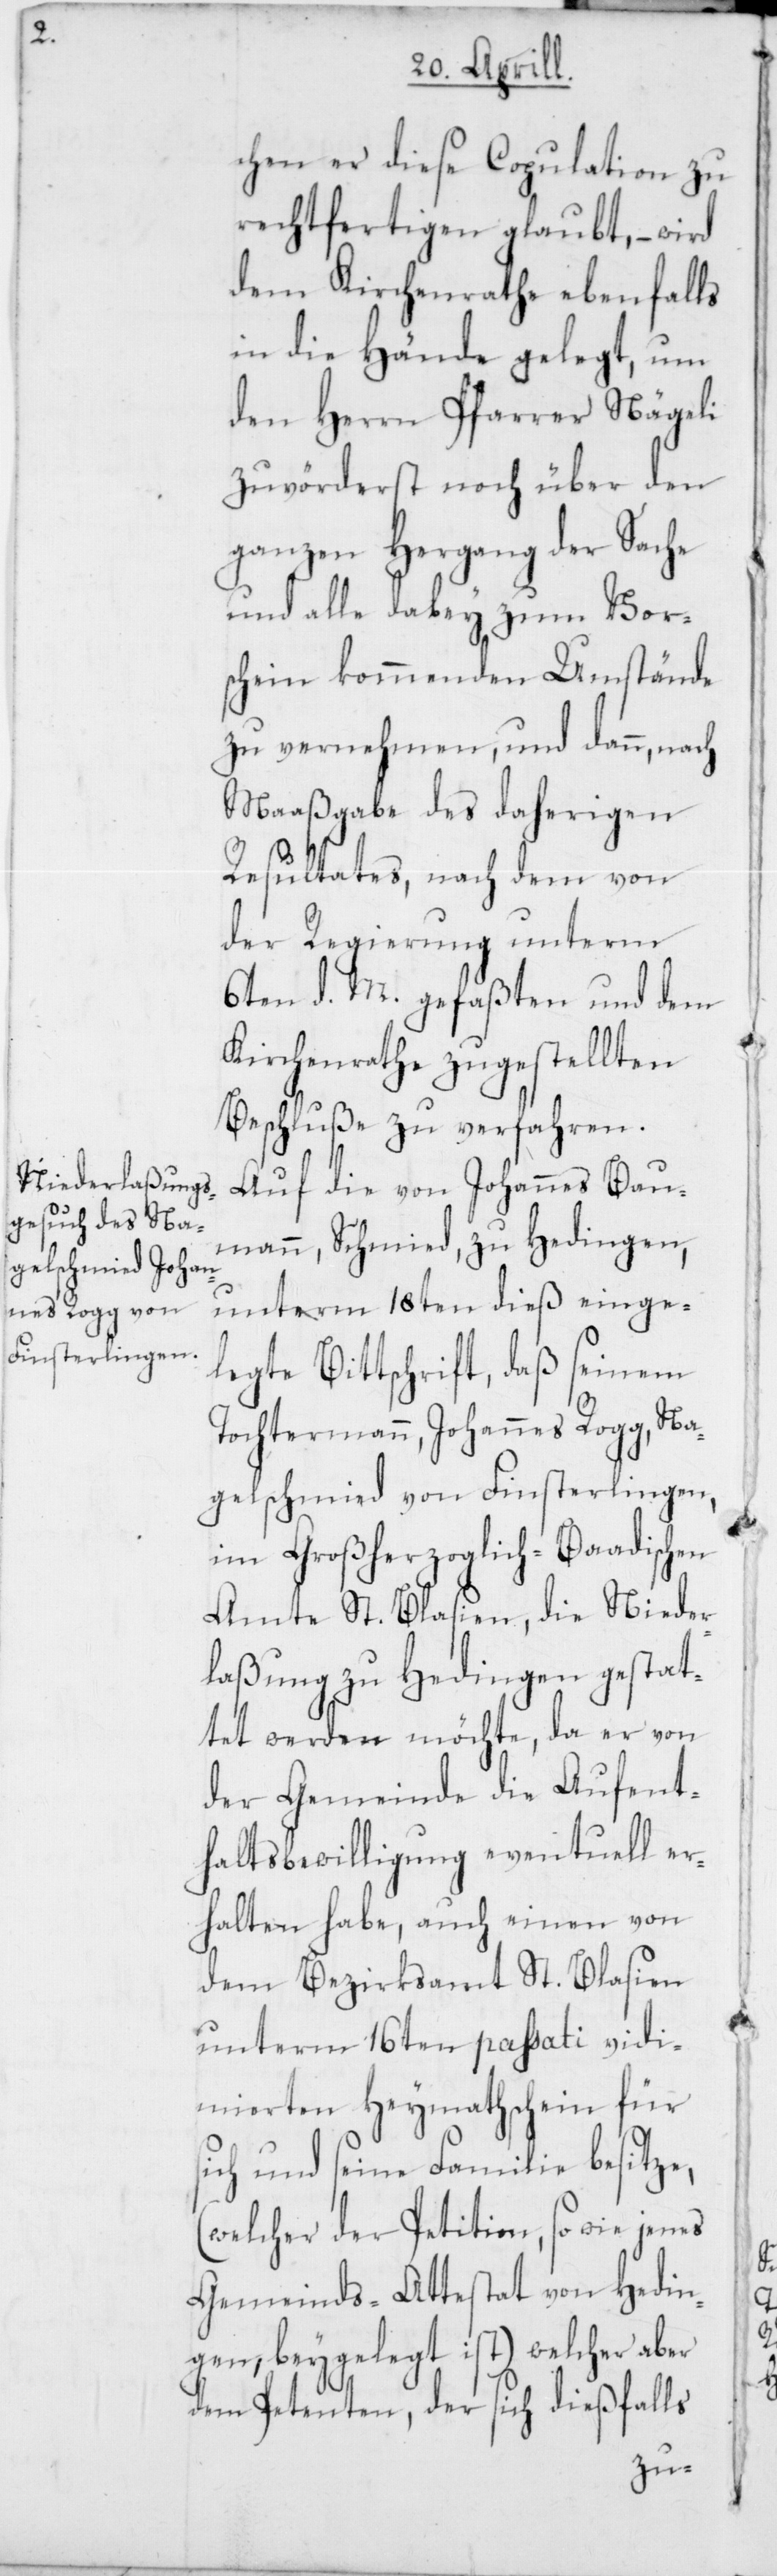
s¬

chen er diese Copulation zu
rechtfertigen glaubt, – wird
dem Kirchenrathe ebenfalls
in die Hände gelegt, um
den Herrn Pfarrer Nägeli
zuvörderst noch über den
ganzen Hergang der Sache
und alle dabey zum Vor¬
schein kommenden Umstände
zu vernehmen, und dann, nach
Maaßgabe des daherigen
Resultates, nach dem von
der Regierung unterm
6ten d. M. gefaßten und dem
Kirchenrathe zugestellten
Beschluße zu verfahren.
Auf die von Johannes Bau¬
mann, Schmied, zu Hedingen,
unterm 18ten dieß einge¬
legte Bittschrift, daß seinem
Tochtermann, Johannes Rogg, Na¬
gelschmied von Finsterlingen,
im Großherzoglich-Baadischen
Amte St. Blasien, die Nieder¬
laßung zu Hedingen gestat¬
tet werden möchte, da er von
der Gemeinde die Aufent¬
haltsbewilligung eventuell er¬
halten habe, auch einen von
dem Bezirksamt St. Blasien
unterm 16ten passati vidi¬
mierten Heymathschein für
ich und seine Familie besitze,
(welcher der Petition, so wie jenes
Gemeinds-Attestat von Hedin¬
gen beygelegt ist) welcher aber
dem Petenten, der sich dießfalls